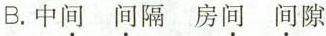
B. 中间 间隔 房间 间隙